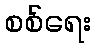
စစ်ရေး